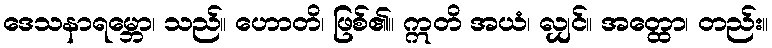
ဒေသနာရမ္ဘော၊ သည်။ ဟောတိ၊ ဖြစ်၏။ ဣတိ အယံ၊ လျှင်။ အတ္ထော၊ တည်း။